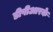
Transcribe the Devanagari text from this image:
डीपीआरके